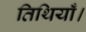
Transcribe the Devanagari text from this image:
तिथियाँ।